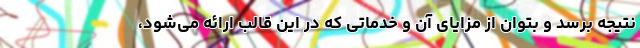
نتیجه برسد و بتوان از مزایای آن و خدماتی که در این قالب ارائه می‌شود،